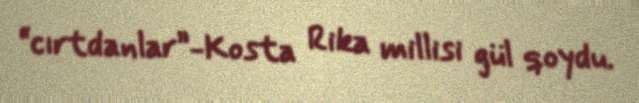
“cırtdanlar”-Kosta Rika millisi gül qoydu.